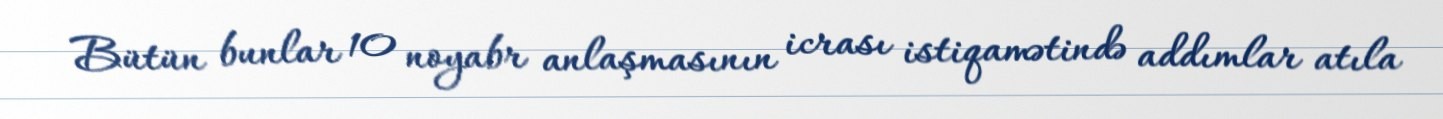
Bütün bunlar 10 noyabr anlaşmasının icrası istiqamətində addımlar atıla